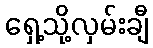
ရှေ့သို့လှမ်းချီ